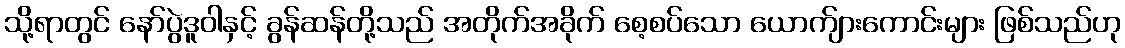
သို့ရာတွင် နော်ပွဲဒူဝါနှင့် ခွန်ဆန်တို့သည် အတိုက်အခိုက် စေ့စပ်သော ယောက်ျားကောင်းများ ဖြစ်သည်ဟု